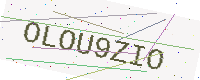
Text: OLOU9ZIO